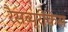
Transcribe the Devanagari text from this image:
रैसब्यूरीकेस